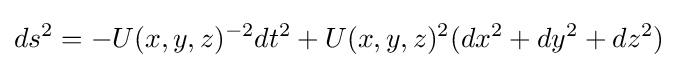
ds^{2}=-U(x,y,z)^{-2}dt^{2}+U(x,y,z)^{2}(dx^{2}+dy^{2}+dz^{2})